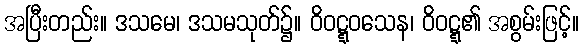
အပြီးတည်း။ ဒသမေ၊ ဒသမသုတ်၌။ ဝိဝဋ္ဋဝသေန၊ ဝိဝဋ္ဋ၏ အစွမ်းဖြင့်။